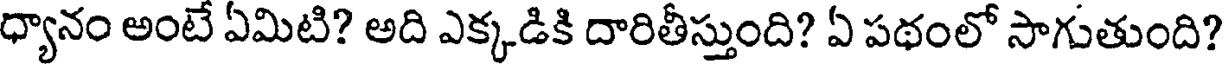
ధ్యానం అంటే ఏమిటి? అది ఎక్కడికి దారితీస్తుంది? ఏ పథంలో సాగుతుంది?